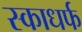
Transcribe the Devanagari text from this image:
स्काधर्फ